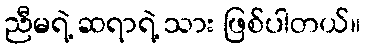
ညီမရဲ့ ဆရာရဲ့ သား ဖြစ်ပါတယ်။